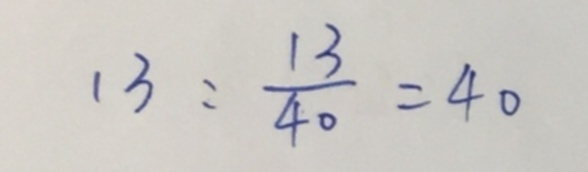
1 3 : \frac { 1 3 } { 4 0 } = 4 0